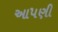
આ૫ણી